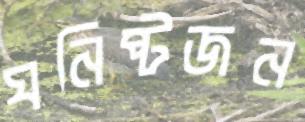
ঘনিষ্টজন